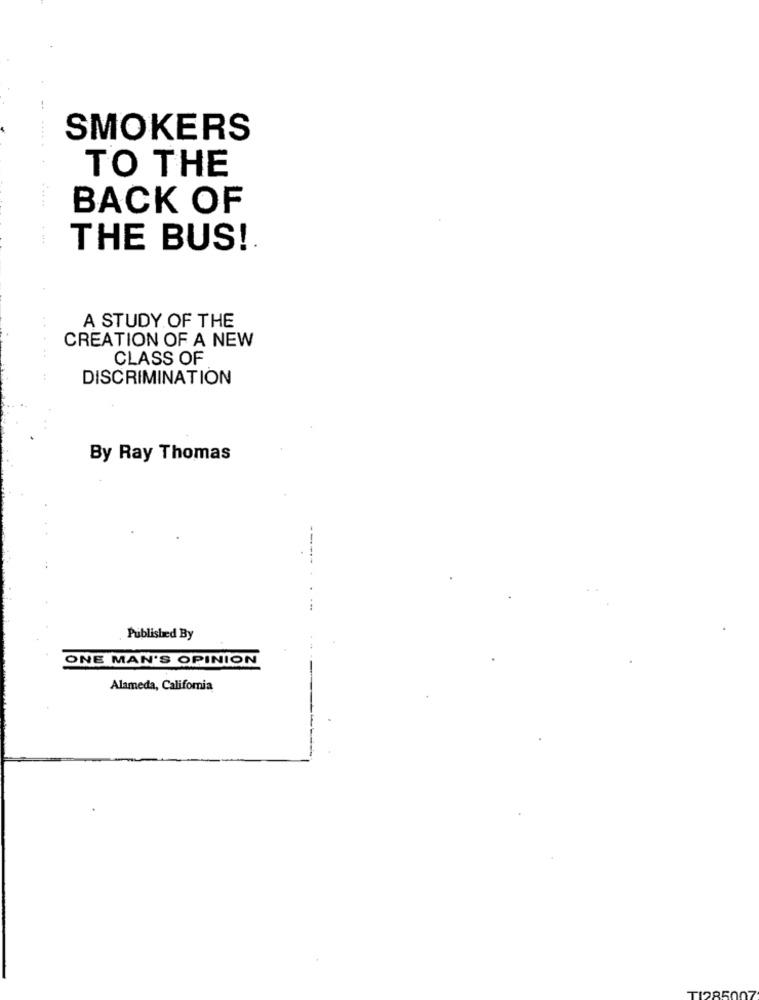
SMOKERS
TO THE
BACK OF
THE BUS !.
A STUDY OF THE
CREATION OF A NEW
CLASS OF
DISCRIMINATION
By Ray Thomas
--
Published By
ONE MAN'S OPINION
Alameda, Califomia
TI2850